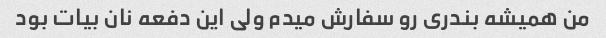
من همیشه بندری رو سفارش میدم ولی این دفعه نان بیات بود